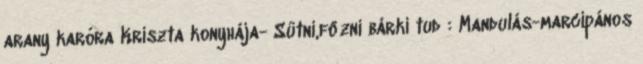
arany karóra Kriszta konyhája- Sütni,főzni bárki tud : Mandulás-marcipános